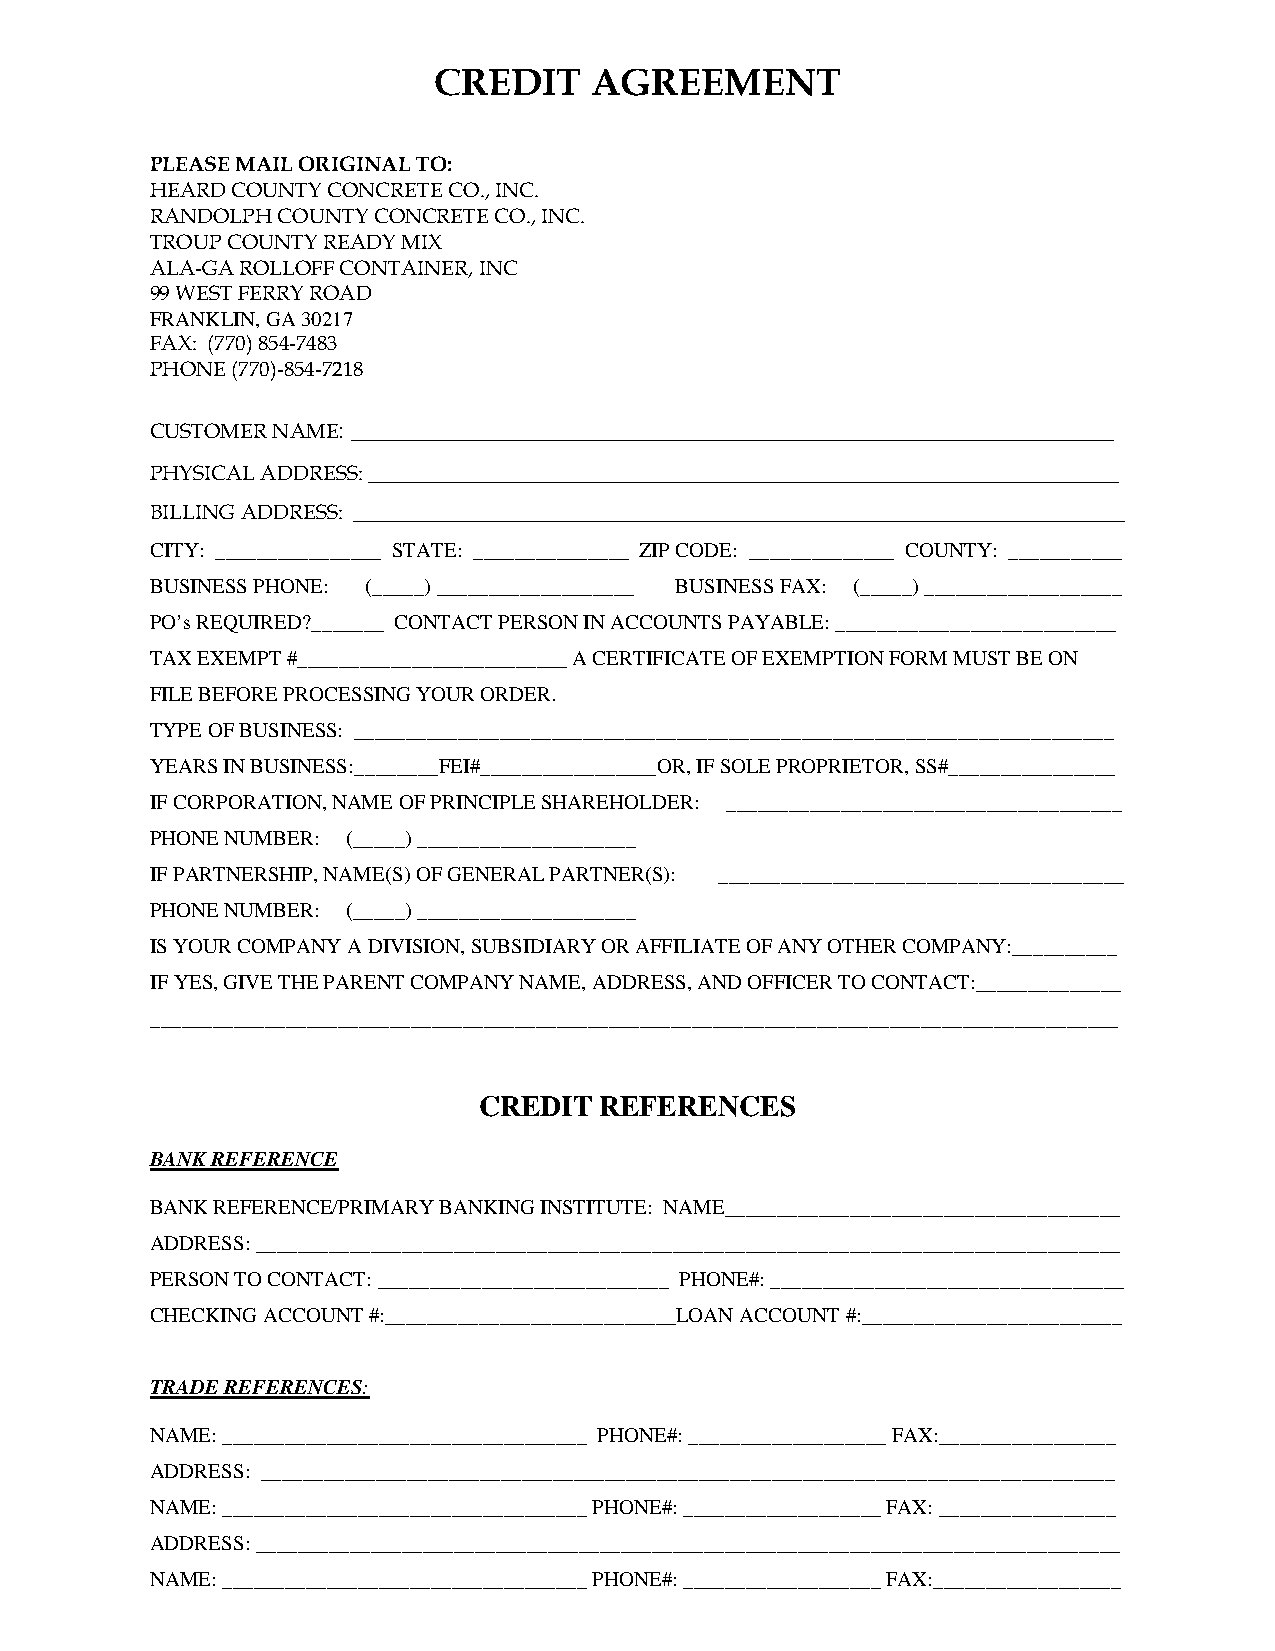
CREDIT    AGREEMENT
 PLEASE MAIL ORIGINAL TO:
 HEARD COUNTY CONCRETE CO., INC.
 RANDOLPH COUNTY CONCRETE CO., INC.
 TROUP COUNTY READY MIX
 ALA-GA ROLLOFF CONTAINER, INC
 99 WEST FERRY ROAD
 FRANKLIN, GA 30217
 FAX: (770) 854-7483
 PHONE (770)-854-7218
 CUSTOMER NAME: _____________________________________________________________
 PHYSICAL ADDRESS: ________________________________________________________________________
 BILLING ADDRESS: __________________________________________________________________________
 CITY: ________________ STATE: _______________ ZIP CODE: ______________ COUNTY: ___________
 BUSINESS PHONE: (_____) ___________________ BUSINESS FAX: (_____) ___________________
 PO’s REQUIRED?_______ CONTACT PERSON IN ACCOUNTS PAYABLE: ___________________________
 TAX EXEMPT #__________________________ A CERTIFICATE OF EXEMPTION FORM MUST BE ON
 FILE BEFORE PROCESSING YOUR ORDER.
 TYPE OF BUSINESS: _________________________________________________________________________
 YEARS IN BUSINESS:________FEI#_________________OR, IF SOLE PROPRIETOR, SS#________________
 IF CORPORATION, NAME OF PRINCIPLE SHAREHOLDER: ______________________________________
 PHONE NUMBER: (_____) _____________________
 IF PARTNERSHIP, NAME(S) OF GENERAL PARTNER(S): _______________________________________
 PHONE NUMBER: (_____) _____________________
 IS YOUR COMPANY A DIVISION, SUBSIDIARY OR AFFILIATE OF ANY OTHER COMPANY:__________
 IF YES, GIVE THE PARENT COMPANY NAME, ADDRESS, AND OFFICER TO CONTACT:______________
 _____________________________________________________________________________________________
 CREDIT  REFERENCES
 BANK REFERENCE
 BANK REFERENCE/PRIMARY BANKING INSTITUTE: NAME______________________________________
 ADDRESS: ___________________________________________________________________________________
 PERSON TO CONTACT: ____________________________ PHONE#: __________________________________
 CHECKING ACCOUNT #:____________________________LOAN ACCOUNT #:_________________________
 TRADE REFERENCES:
 NAME: ___________________________________ PHONE#: ___________________ FAX:_________________
 ADDRESS: __________________________________________________________________________________
 NAME: ___________________________________ PHONE#: ___________________ FAX: _________________
 ADDRESS: ___________________________________________________________________________________
 NAME: ___________________________________ PHONE#: ___________________ FAX:__________________